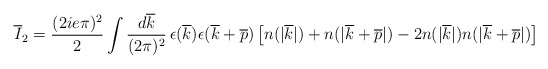
\begin{align*}\overline{I}_{2} = {(2ie\pi)^{2}\over 2}\int {d\overline{k}\over (2\pi)^{2}}\,\epsilon(\overline{k})\epsilon(\overline{k}+\overline{p})\left[n(|\overline{k}|) + n(|\overline{k}+\overline{p}|) - 2 n(|\overline{k}|)n(|\overline{k}+\overline{p}|)\right]\end{align*}